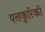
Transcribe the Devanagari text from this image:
पलकुरिकी